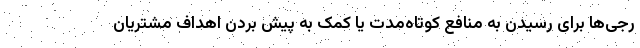
رجی‌ها برای رسیدن به منافع کوتاه‌مدت یا کمک به پیش بردن اهداف مشتریان